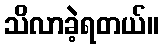
သိလာခဲ့ရတယ်။